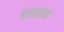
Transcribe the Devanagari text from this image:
ऐलाइज़ा